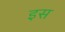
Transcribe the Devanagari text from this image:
इस